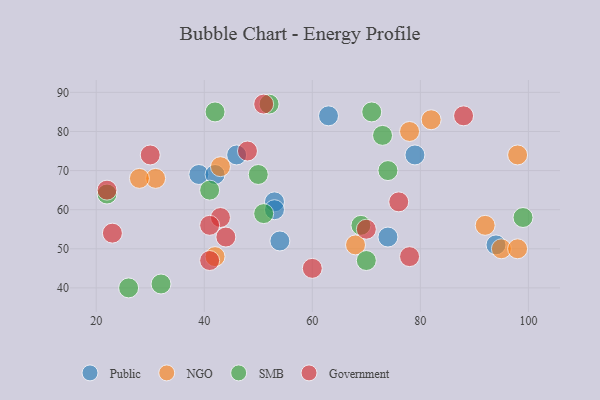
{"axis": {"x": "GDP", "y": "Life Expectancy"}, "legend": ["Government", "NGO", "Public", "SMB"], "data": [{"x": "54", "y": 52, "type": "Public"}, {"x": "79", "y": 74, "type": "Public"}, {"x": "53", "y": 62, "type": "Public"}, {"x": "53", "y": 60, "type": "Public"}, {"x": "46", "y": 74, "type": "Public"}, {"x": "63", "y": 84, "type": "Public"}, {"x": "39", "y": 69, "type": "Public"}, {"x": "94", "y": 51, "type": "Public"}, {"x": "42", "y": 69, "type": "Public"}, {"x": "74", "y": 53, "type": "Public"}, {"x": "68", "y": 51, "type": "NGO"}, {"x": "98", "y": 74, "type": "NGO"}, {"x": "95", "y": 50, "type": "NGO"}, {"x": "42", "y": 48, "type": "NGO"}, {"x": "31", "y": 68, "type": "NGO"}, {"x": "43", "y": 71, "type": "NGO"}, {"x": "92", "y": 56, "type": "NGO"}, {"x": "28", "y": 68, "type": "NGO"}, {"x": "82", "y": 83, "type": "NGO"}, {"x": "78", "y": 80, "type": "NGO"}, {"x": "98", "y": 50, "type": "NGO"}, {"x": "26", "y": 40, "type": "SMB"}, {"x": "42", "y": 85, "type": "SMB"}, {"x": "70", "y": 47, "type": "SMB"}, {"x": "32", "y": 41, "type": "SMB"}, {"x": "22", "y": 64, "type": "SMB"}, {"x": "99", "y": 58, "type": "SMB"}, {"x": "52", "y": 87, "type": "SMB"}, {"x": "69", "y": 56, "type": "SMB"}, {"x": "50", "y": 69, "type": "SMB"}, {"x": "74", "y": 70, "type": "SMB"}, {"x": "73", "y": 79, "type": "SMB"}, {"x": "51", "y": 59, "type": "SMB"}, {"x": "41", "y": 65, "type": "SMB"}, {"x": "71", "y": 85, "type": "SMB"}, {"x": "48", "y": 75, "type": "Government"}, {"x": "43", "y": 58, "type": "Government"}, {"x": "22", "y": 65, "type": "Government"}, {"x": "44", "y": 53, "type": "Government"}, {"x": "76", "y": 62, "type": "Government"}, {"x": "78", "y": 48, "type": "Government"}, {"x": "88", "y": 84, "type": "Government"}, {"x": "51", "y": 87, "type": "Government"}, {"x": "30", "y": 74, "type": "Government"}, {"x": "60", "y": 45, "type": "Government"}, {"x": "70", "y": 55, "type": "Government"}, {"x": "23", "y": 54, "type": "Government"}, {"x": "41", "y": 56, "type": "Government"}, {"x": "41", "y": 47, "type": "Government"}]}